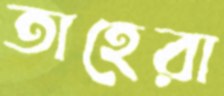
তাহেরা